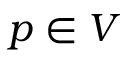
p \in V